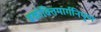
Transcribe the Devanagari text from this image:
वकोक्तिमार्गनिपुण